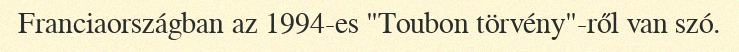
Franciaországban az 1994-es "Toubon törvény"-ről van szó.